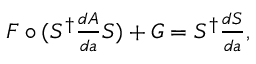
\begin{array} { r } { F \circ ( S ^ { \dagger } \frac { d A } { d a } S ) + G = S ^ { \dagger } \frac { d S } { d a } , } \end{array}